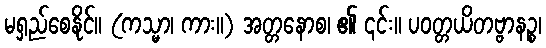
မရှည်စေနိုင်။ (ကသ္မာ၊ ကား။) အတ္တနောစ၊ ၏ ၎င်း။ ပဝတ္တယိတဗ္ဗာနဉ္စ၊